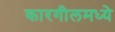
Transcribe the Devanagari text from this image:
कारगीलमध्ये